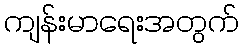
ကျန်းမာရေးအတွက်